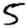
Digit: 5